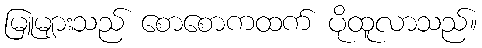
မြူများသည် စောစောကထက် ပိုထူလာသည်။